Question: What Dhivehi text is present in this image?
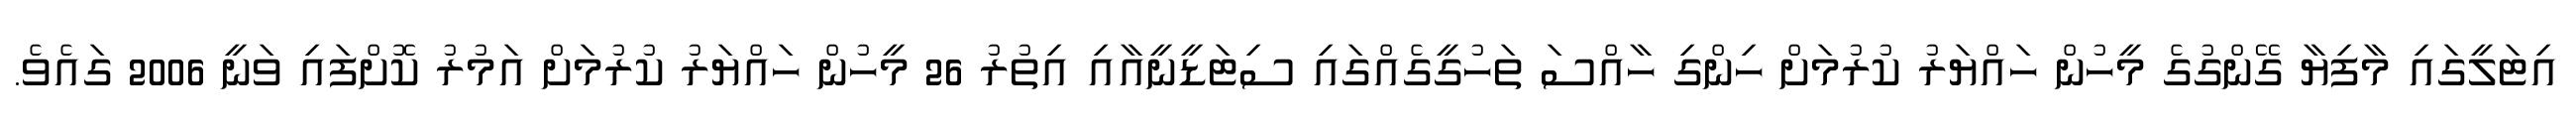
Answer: އިޓަލީގައި މާފިޔާ ގޭންގުގެ މީހުން ހައްޔަރު ކުރުމަށް ހިންގި ހާއްސަ ތަހުގީގެއްގައި ސިޓަޑީނީއާއި އިތުރު 26 މީހުން ހައްޔަރު ކުރުމަށް އަމުރު ކޮށްފައި ވަނީ 2006 ގައެވެ.